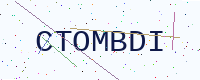
Text: CTOMBDI